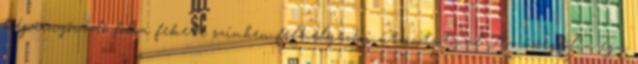
képernyővédő fólia fekete színben felhelyezési útmutatóval Az üvegfólia egy